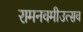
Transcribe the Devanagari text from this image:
रामनवमीउत्सव